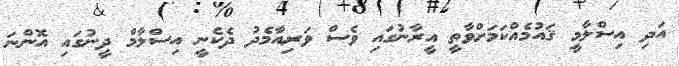
އަދި އިސްލާމީ ޤައުމެއްކަމަށްވާތީ އީރާނުގައި ވެސް ވަރިއާމެދު ދެކެނީ އިސްލާމް ދީނުގައި އޮންނަ